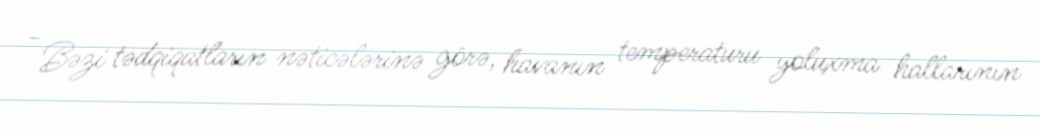
- Bəzi tədqiqatların nəticələrinə görə, havanın temperaturu yoluxma hallarının